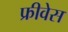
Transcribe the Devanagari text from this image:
फ्रीवेस